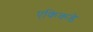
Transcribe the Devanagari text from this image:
एकिकडे